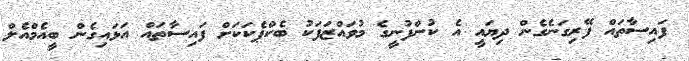
ފައިސާތައް ފޭރިގަނެގެން ދިޔައީ އެ ކުންފުނީގެ މުވައްޒަފަކު ބެކްޕެކަކަށް ފައިސާތައް އަޅައިގެން ބީއެމްއެލް